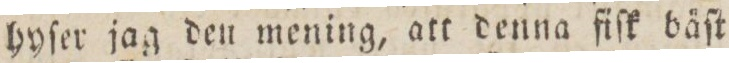
hyſer jag den mening, att denna fiſk bäſt